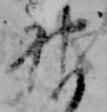
神